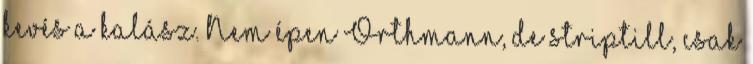
kevés a kalász. Nem épen Orthmann, de striptill, csak